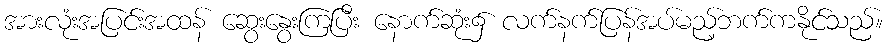
အားလုံးအပြင်းအထန် ဆွေးနွေးကြပြီး နောက်ဆုံး၌ လက်နက်ပြန်အပ်မည့်ဘက်ကနိုင်သည်။